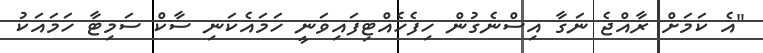
"އެ ކަމަށް ރާއްޖެ ނަގާ އިސްނެގުން ހިފެހެއްޓިފައިވަނީ ހަމައެކަނި ސާކް ސަމިޓާ ހަމައަކު